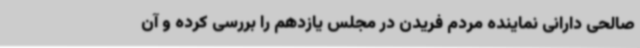
صالحی دارانی نماینده مردم فریدن در مجلس یازدهم را بررسی کرده و آن